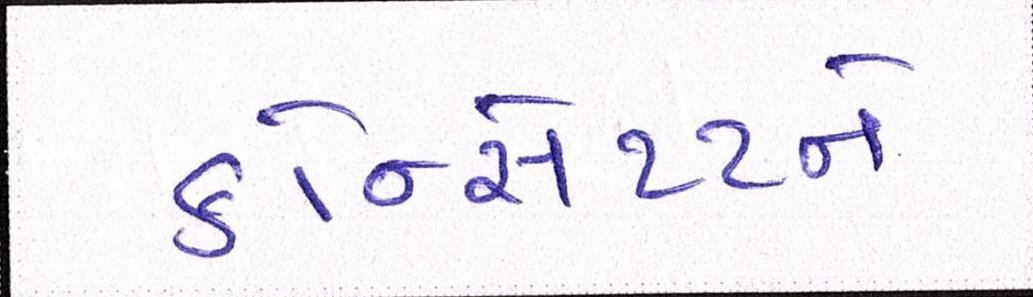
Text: કોન્સેપ્ટને